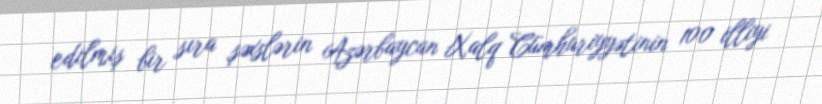
edilmiş bir sıra şəxslərin Azərbaycan Xalq Cümhuriyyətinin 100 illiyi